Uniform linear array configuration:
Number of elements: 8
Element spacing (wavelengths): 0.25
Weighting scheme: cosine
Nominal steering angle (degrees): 15
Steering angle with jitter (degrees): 13.721
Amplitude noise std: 0.05
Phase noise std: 0.05

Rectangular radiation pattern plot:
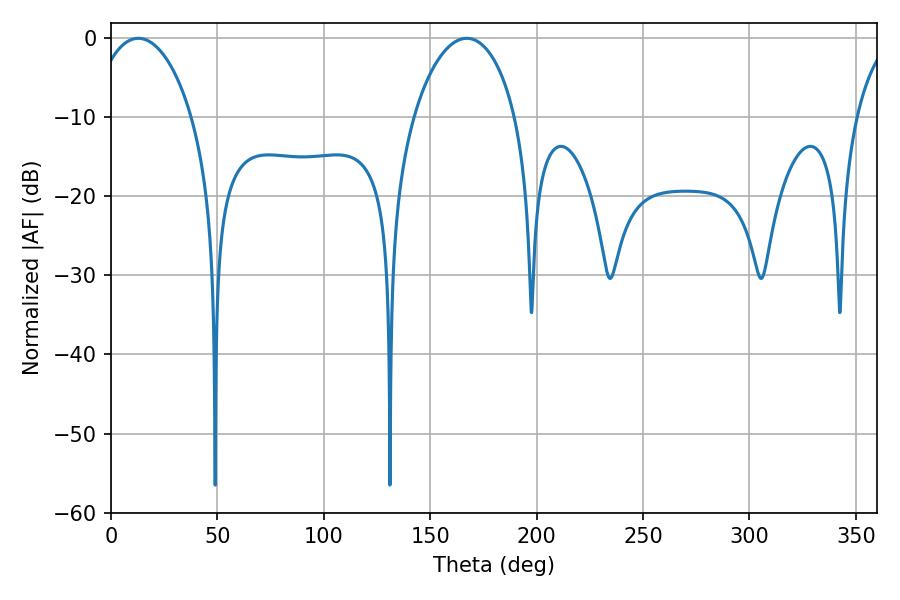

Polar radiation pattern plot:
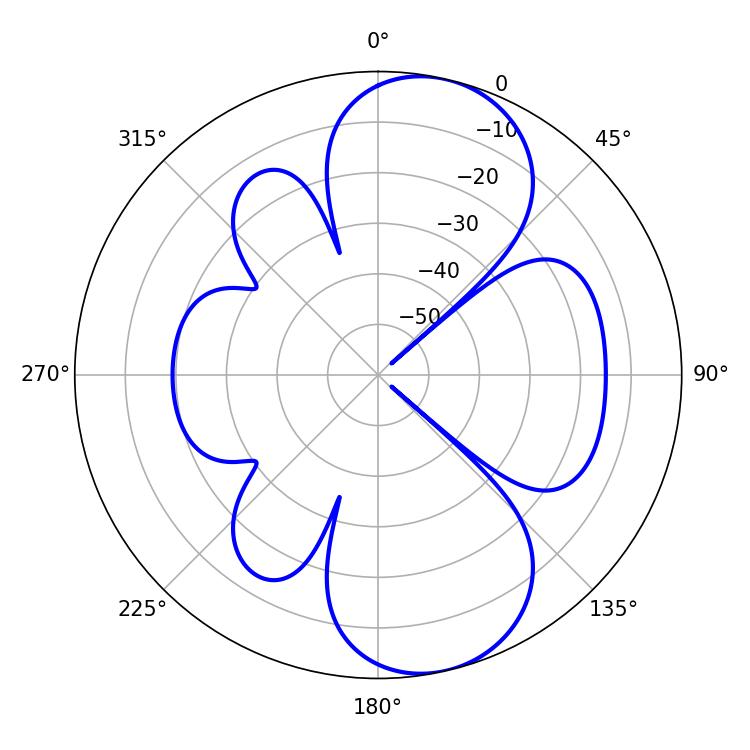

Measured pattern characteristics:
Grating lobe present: FALSE
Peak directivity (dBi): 9.225
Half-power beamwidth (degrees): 27
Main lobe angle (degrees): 12.78